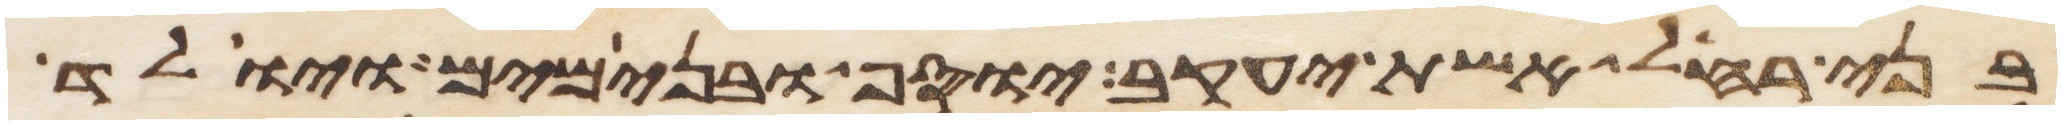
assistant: בני רחל אשת יעקב יוסף ובנימים ויולד